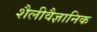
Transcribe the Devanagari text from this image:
शैलीवैज्ञानिक